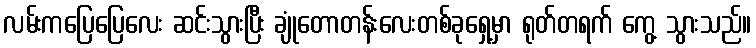
လမ်းကပြေပြေလေး ဆင်းသွားပြီး ချုံတောတန်းလေးတစ်ခုရှေ့မှာ ရုတ်တရက် ကွေ့ သွားသည်။